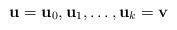
LaTeX: \begin{align*}\mathbf{u=u}_0,\mathbf u_1,\dots,\mathbf u_k=\mathbf v\end{align*}